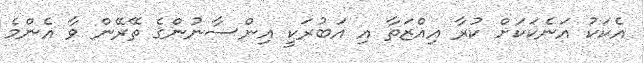
އެކަކު އަނެކަކަށް ކުރާ އިއްޒަތާ އި އަބުރަކީ އިންސާނުންގެ ތޭރޭން ވާ އެންމެ